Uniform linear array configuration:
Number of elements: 8
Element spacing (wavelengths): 0.25
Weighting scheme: hann
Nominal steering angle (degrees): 0
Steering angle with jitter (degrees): -0.03714
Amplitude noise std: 0.05
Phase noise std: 0.05

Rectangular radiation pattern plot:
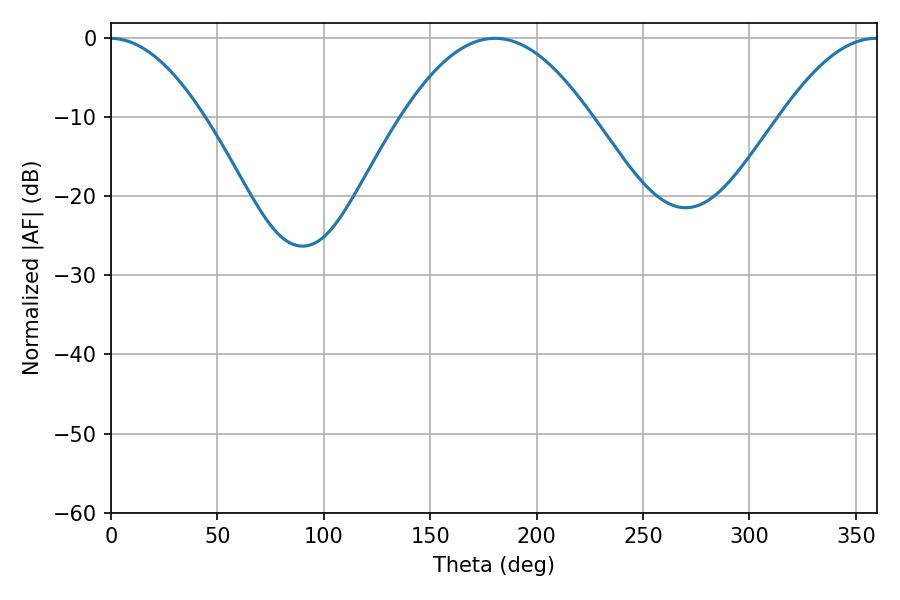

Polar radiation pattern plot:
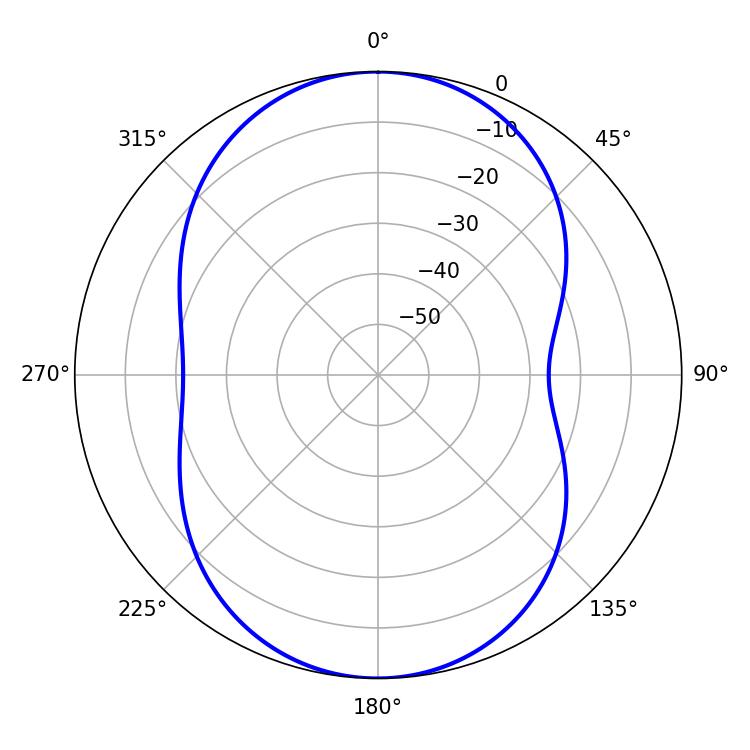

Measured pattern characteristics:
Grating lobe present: FALSE
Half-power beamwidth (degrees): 48.42
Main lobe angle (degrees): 180.36